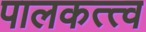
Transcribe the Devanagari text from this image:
पालकत्त्व